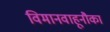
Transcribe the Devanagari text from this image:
विमानवाहूनौका